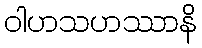
ဝါဟသဟဿာနိ